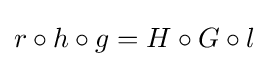
r\circ h\circ g=H\circ G\circ l